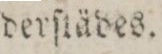
derſtädes.